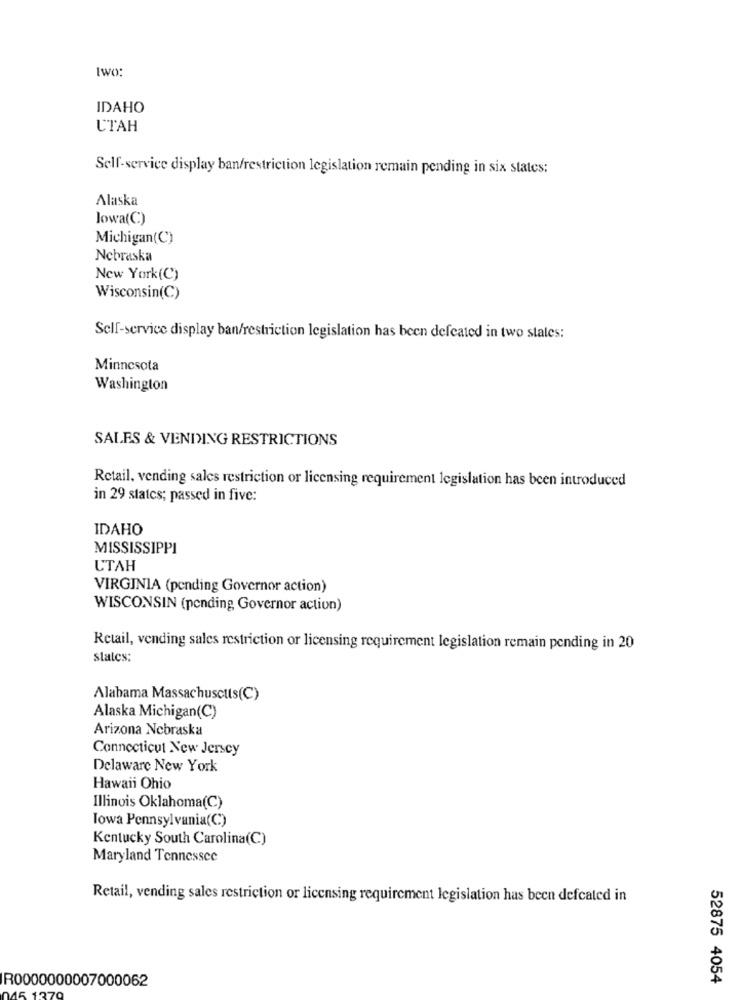
two:
IDAHO
UTAH
Self-service display ban/restriction legislation remain pending in six states:
Alaska
lowa(C)
Michigan(C)
Nebraska
New York (C)
Wisconsin(C)
Self-service display ban/restriction legislation has been defeated in two states:
Minnesota
Washington
SALES & VENDING RESTRICTIONS
Retail, vending sales restriction or licensing requirement legislation has been introduced
in 29 states; passed in five:
IDAHO
MISSISSIPPI
UTAH
VIRGINIA (pending Governor action)
WISCONSIN (pending Governor action)
Retail, vending sales restriction or licensing requirement legislation remain pending in 20
states:
Alabama Massachusetts(C)
Alaska Michigan(C)
Arizona Nebraska
Connecticut New Jersey
Delaware New York
Hawaii Ohio
Illinois Oklahoma(C)
lowa Pennsylvania(C)
Kentucky South Carolina(C)
Maryland Tennessee
Retail, vending sales restriction or licensing requirement legislation has been defcated in
52875 4054
R0000000007000062
15 1